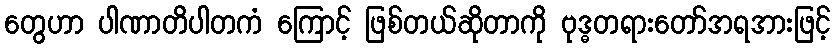
တွေဟာ ပါဏာတိပါတကံ ကြောင့် ဖြစ်တယ်ဆိုတာကို ဗုဒ္ဓတရားတော်အရအားဖြင့်